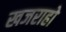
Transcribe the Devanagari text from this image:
खजराहो